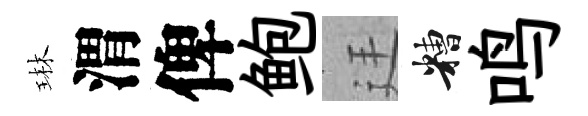
琳渭俾鲍廷糟鸣